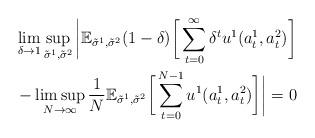
LaTeX: \begin{align*}& \lim_{\delta \to 1} \sup_{\tilde{\sigma}^1,\tilde{\sigma}^2} \bigg| \mathbb{E}_{\tilde{\sigma}^1,\tilde{\sigma}^2}(1 - \delta) \bigg[\sum_{t=0}^{\infty} \delta^t u^1(a^1_t,a^2_t)\bigg] \\& - \limsup_{N \to \infty} {1 \over N} \mathbb{E}_{\tilde{\sigma}^1,\tilde{\sigma}^2} \bigg[ \sum_{t=0}^{N-1} u^1(a^1_t,a^2_t)\bigg] \bigg| = 0 \end{align*}